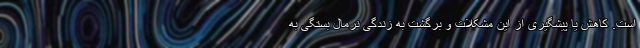
است. کاهش یا پیشگیری از این مشکلات و برگشت به زندگی نرمال بستگی به